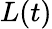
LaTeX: {\mathbf{}}L(t)